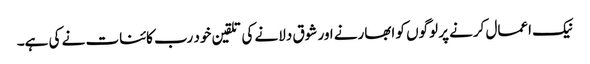
نیک اعمال کرنے پر لوگوں کو ابھارنے اور شوق دلانے کی تلقین خود رب کائنات نے کی ہے۔